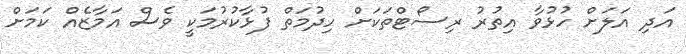
އަދި އަލަށް ހުޅުވާ އިތުރު ރިސޯޓްތަކަށް ހިދުމަތް ފުޅާކުރުމަކީ ވެސް އަމާޒެއް ކަމަށް